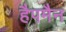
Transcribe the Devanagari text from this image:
हैपमैन